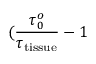
( \frac { \tau _ { 0 } ^ { o } } { \tau _ { \mathrm { t i s s u e } } } - 1